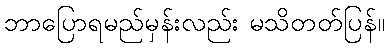
ဘာပြောရမည်မှန်းလည်း မသိတတ်ပြန်။